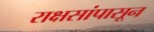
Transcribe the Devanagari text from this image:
राक्षसांपासून